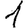
Digit: 1